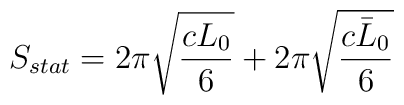
S_{stat}=2\pi \sqrt{\frac{cL_{0}}{6}}+2\pi \sqrt{\frac{c\bar{L}_{0}}{6}}